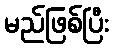
မည်ဖြစ်ပြီး